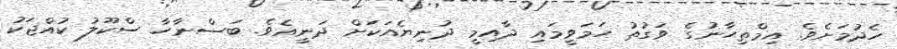
ހެދުމަށެވެ. އިމްތިޙާނުގެ ވަގުތު ހަމަވީމައި ދާއިމީ ދުނިޔެއަކަށް ދަނީއެވެ. ބަސްނާހާ ސްކޫލު ކުއްޖަކު